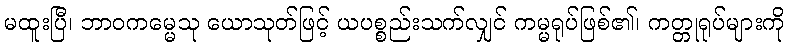
မထူးပြီ၊ ဘာဝကမ္မေသု ယောသုတ်ဖြင့် ယပစ္စည်းသက်လျှင် ကမ္မရုပ်ဖြစ်၏၊ ကတ္တုရုပ်များကို